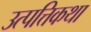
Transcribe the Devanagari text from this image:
उत्पत्तिकथा